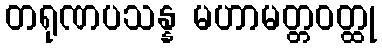
တရုဏပသန္န မဟာမတ္တဝတ္ထု